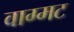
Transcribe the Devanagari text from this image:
वाग्मट